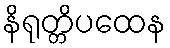
နိရုတ္တိပထေန